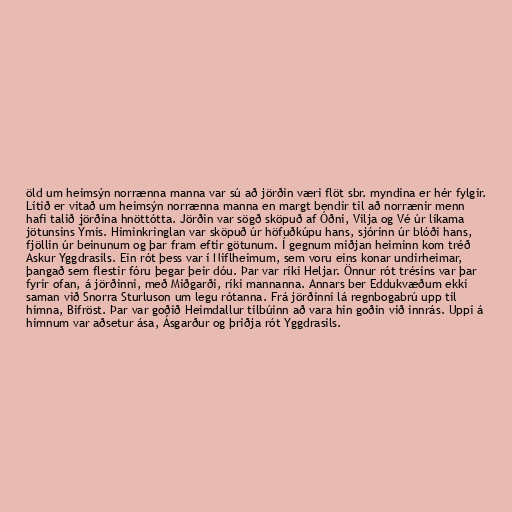
öld um heimsýn norrænna manna var sú að jörðin væri flöt sbr. myndina er hér fylgir.
Lítið er vitað um heimsýn norrænna manna en margt bendir til að norrænir menn
hafi talið jörðina hnöttótta. Jörðin var sögð sköpuð af Óðni, Vilja og Vé úr líkama
jötunsins Ýmis. Himinkringlan var sköpuð úr höfuðkúpu hans, sjórinn úr blóði hans,
fjöllin úr beinunum og þar fram eftir götunum. Í gegnum miðjan heiminn kom tréð
Askur Yggdrasils. Ein rót þess var í Niflheimum, sem voru eins konar undirheimar,
þangað sem flestir fóru þegar þeir dóu. Þar var ríki Heljar. Önnur rót trésins var þar
fyrir ofan, á jörðinni, með Miðgarði, ríki mannanna. Annars ber Eddukvæðum ekki
saman við Snorra Sturluson um legu rótanna. Frá jörðinni lá regnbogabrú upp til
himna, Bifröst. Þar var goðið Heimdallur tilbúinn að vara hin goðin við innrás. Uppi á
himnum var aðsetur ása, Ásgarður og þriðja rót Yggdrasils.